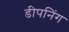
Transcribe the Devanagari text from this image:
डीपनिंग